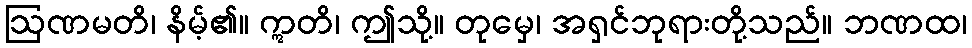
ဩဏမတိ၊ နိမ့်၏။ ဣတိ၊ ဤသို့။ တုမှေ၊ အရှင်ဘုရားတို့သည်။ ဘဏထ၊